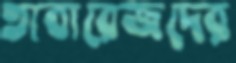
তাবারেজদের